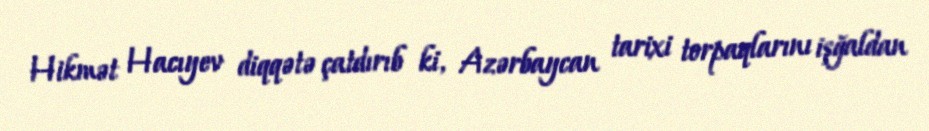
Hikmət Hacıyev diqqətə çatdırıb ki, Azərbaycan tarixi torpaqlarını işğaldan